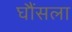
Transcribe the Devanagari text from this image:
घौंसला